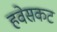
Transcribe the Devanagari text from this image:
हवेसकट